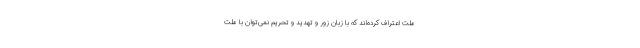
ملّت اعتراف کرده‌اند که با زبانِ زور و تهدید و تحریم نمی‌توان با ملت